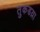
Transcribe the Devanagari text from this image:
तुकडय़ा